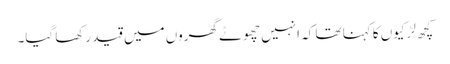
کچھ لڑکیوں کا کہنا تھا کہ انہیں چھوٹے گھروں میں قید رکھا گیا۔